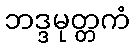
ဘဒ္ဒမုတ္တကံ